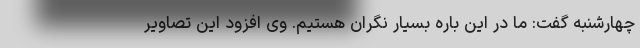
چهارشنبه گفت: ما در این باره بسیار نگران هستیم. وی افزود این تصاویر